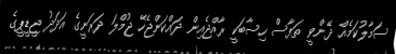
ސަމާލުކަމެއް ދޭންވީ ތަފާސް ހިސާބަކީ ރާއްޖެއިން ދައްކަންޖެހޭ ޖުމްލަ ދަރަނީގެ އަދަދު ޖީޑީޕީގެ